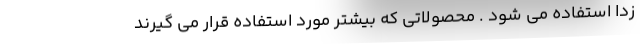
زدا استفاده می شود . محصولاتی که بیشتر مورد استفاده قرار می گیرند